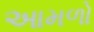
આમળો